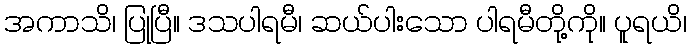
အကာသိ၊ ပြုပြီ။ ဒသပါရမီ၊ ဆယ်ပါးသော ပါရမီတို့ကို။ ပူရယိ၊